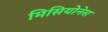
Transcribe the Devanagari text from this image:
मिसियोनेस